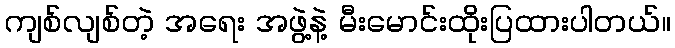
ကျစ်လျစ်တဲ့ အရေး အဖွဲ့နဲ့ မီးမောင်းထိုးပြထားပါတယ်။